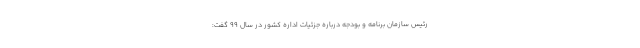
رئیس سازمان برنامه و بودجه درباره جزئیات اداره کشور در سال ۹۹ گفت: